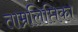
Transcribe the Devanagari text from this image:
ताम्रलिप्तिका